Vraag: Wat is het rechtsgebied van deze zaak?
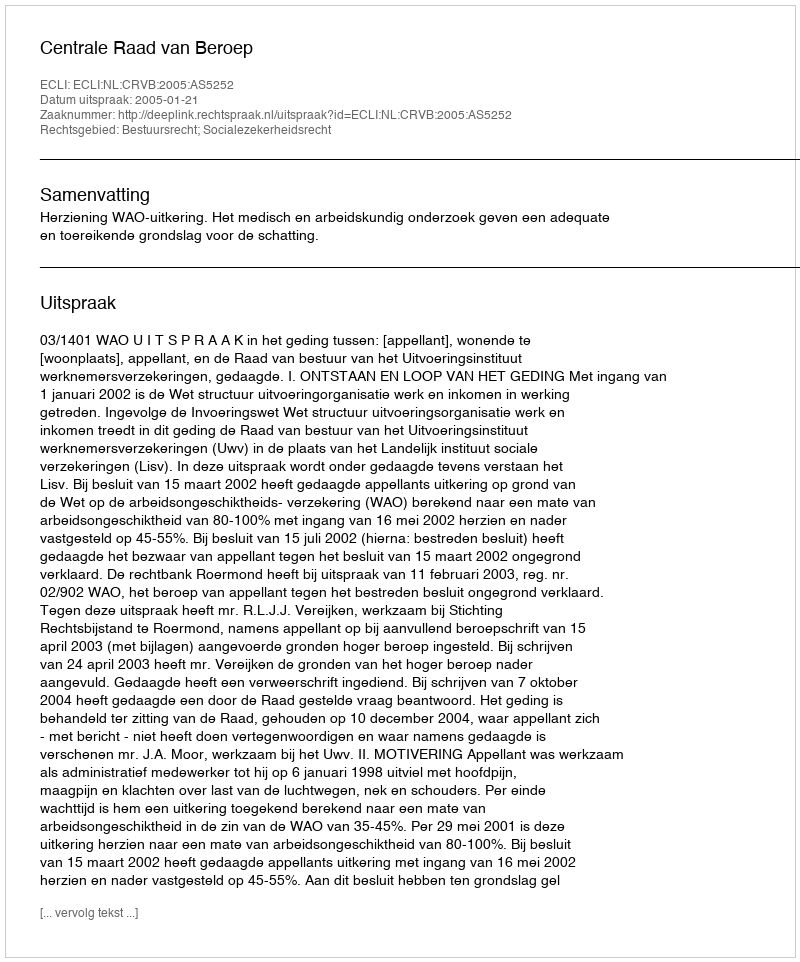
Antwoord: Bestuursrecht; Socialezekerheidsrecht